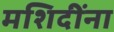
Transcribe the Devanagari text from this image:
मशिदींना